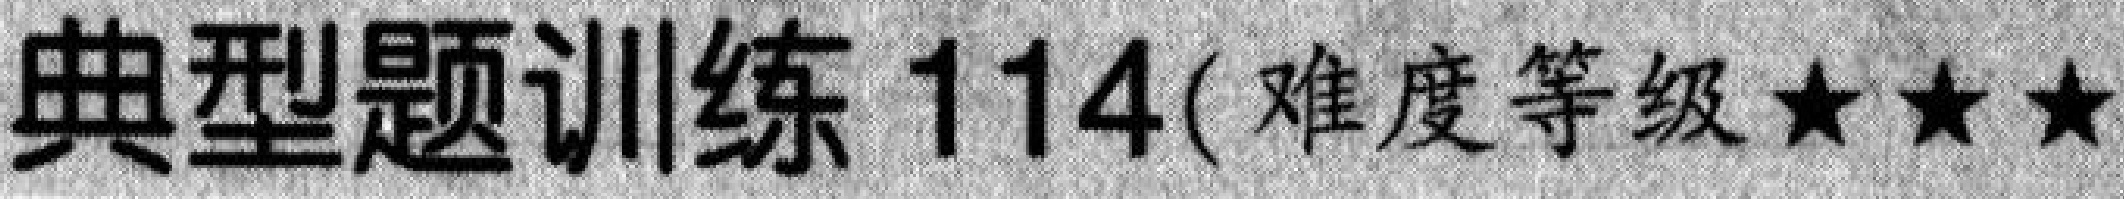
典型题训练 \(114\)( 难度等级 \(\star\star\star\)